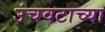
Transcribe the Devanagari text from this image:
उंचवटाच्या